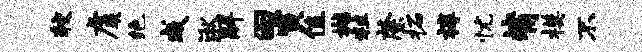
较虞绝成湫解曰寅值樾粒綮柘椁忧觜模不